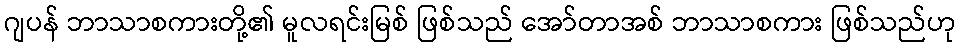
ဂျပန် ဘာသာစကားတို့၏ မူလရင်းမြစ် ဖြစ်သည် အော်တာအစ် ဘာသာစကား ဖြစ်သည်ဟု